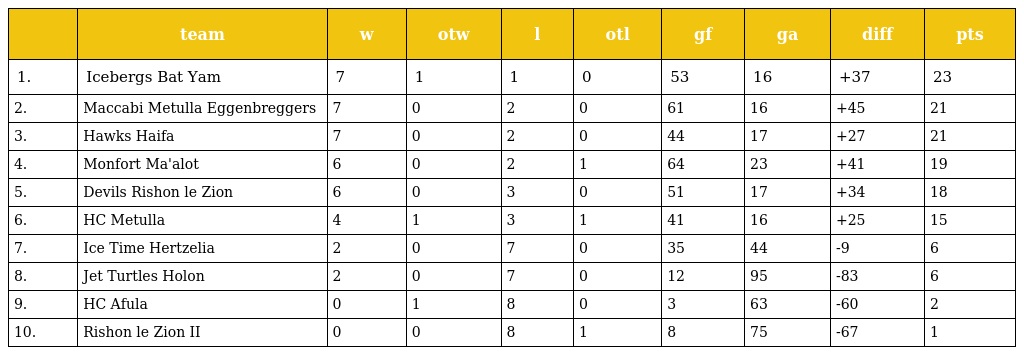
|  | team | w | otw | l | otl | gf | ga | diff | pts |
 | --- | --- | --- | --- | --- | --- | --- | --- | --- | --- |
 | 1. | Icebergs Bat Yam | 7 | 1 | 1 | 0 | 53 | 16 | +37 | 23 |
 | 2. | Maccabi Metulla Eggenbreggers | 7 | 0 | 2 | 0 | 61 | 16 | +45 | 21 |
 | 3. | Hawks Haifa | 7 | 0 | 2 | 0 | 44 | 17 | +27 | 21 |
 | 4. | Monfort Ma'alot | 6 | 0 | 2 | 1 | 64 | 23 | +41 | 19 |
 | 5. | Devils Rishon le Zion | 6 | 0 | 3 | 0 | 51 | 17 | +34 | 18 |
 | 6. | HC Metulla | 4 | 1 | 3 | 1 | 41 | 16 | +25 | 15 |
 | 7. | Ice Time Hertzelia | 2 | 0 | 7 | 0 | 35 | 44 | -9 | 6 |
 | 8. | Jet Turtles Holon | 2 | 0 | 7 | 0 | 12 | 95 | -83 | 6 |
 | 9. | HC Afula | 0 | 1 | 8 | 0 | 3 | 63 | -60 | 2 |
 | 10. | Rishon le Zion II | 0 | 0 | 8 | 1 | 8 | 75 | -67 | 1 |